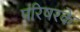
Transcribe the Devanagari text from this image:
परिषरके